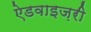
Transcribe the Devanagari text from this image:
ऐडवाइज़री